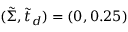
( \tilde { \Sigma } , \tilde { t } _ { d } ) = ( 0 , 0 . 2 5 )